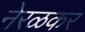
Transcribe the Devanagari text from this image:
नेरळकर